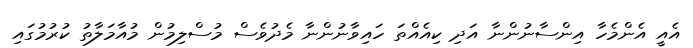
އެއީ އެންމެހާ އިންސާނުންނާ އަދި ކިއެއްތަ ހައިވާނުންނާ މެދުވެސް މުސްލިމުން މުއާމަލާތު ކުރުމުގައި